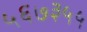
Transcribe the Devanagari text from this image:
५६७३५५